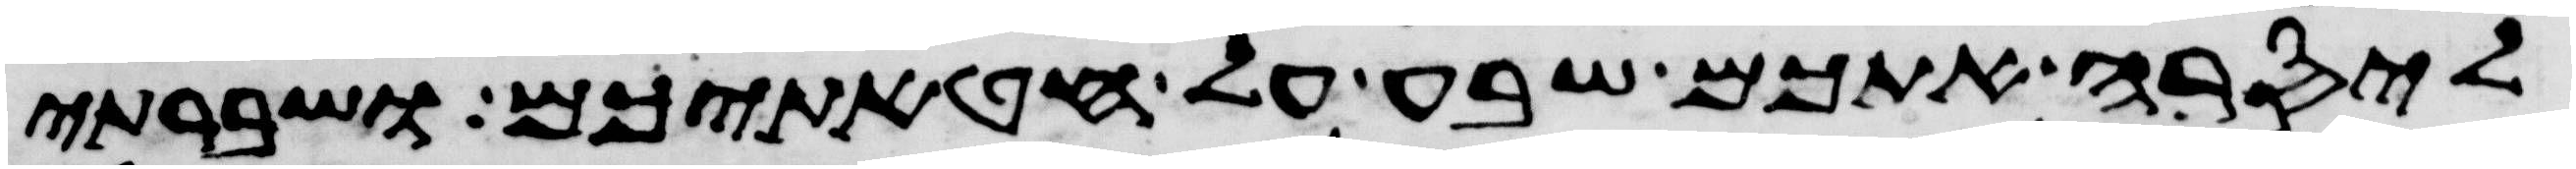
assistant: ליסרה אתכם שבע על חטאתיכם ושברתי